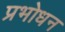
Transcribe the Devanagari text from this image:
प्रभोधन